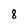
Character: 8